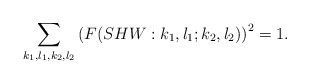
\begin{align*}\sum_{k_1,l_1,k_2,l_2} \left( F(SHW:k_1,l_1;k_2,l_2) \right)^2 = 1.\end{align*}